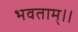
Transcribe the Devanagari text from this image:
भवताम्।।